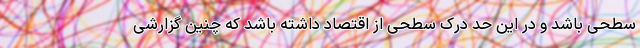
سطحی باشد و در این حد درک سطحی از اقتصاد داشته باشد که چنین گزارشی